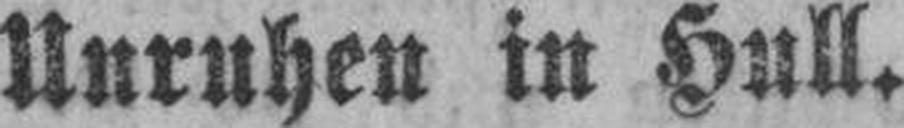
Unruhen in Hull.